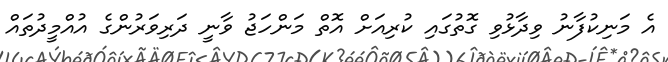
އެ މަނިކުފާނު ވިދާޅުވި ގޮތުގައި ކުރިއަށް އޮތް މަންހަޖު ވާނީ ދަރިވަރުންގެ އުއްމީދުތައް